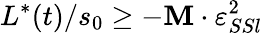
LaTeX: L^{*}(t)/s_{0}\geq-\mathbf{M}\cdot\varepsilon_{SSl}^{2}